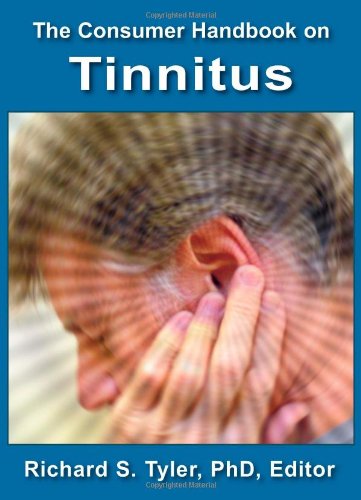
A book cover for The Consumer Handbook on Tinnitus; Health, Fitness & Dieting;